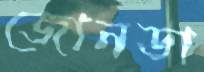
জোনডা